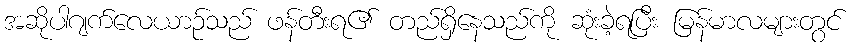
အဆိုပါဂျက်လေယာဉ်သည် ဖန်တီးရ၏ တည်ရှိနေသည်ကို ဆုံးခဲ့ရပြီး မြန်မာလများတွင်